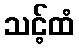
သင့်ထံ